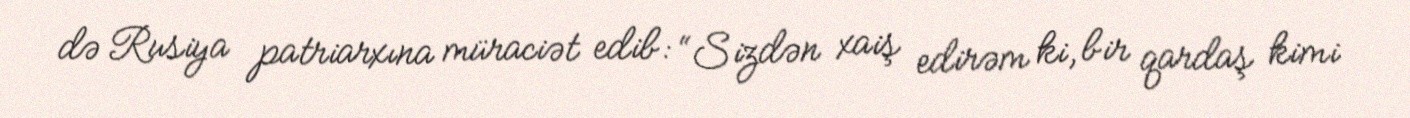
də Rusiya patriarxına müraciət edib: “Sizdən xaiş edirəm ki, bir qardaş kimi